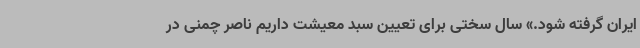
ایران گرفته شود.» سال سختی برای تعیین سبد معیشت داریم ناصر چمنی در